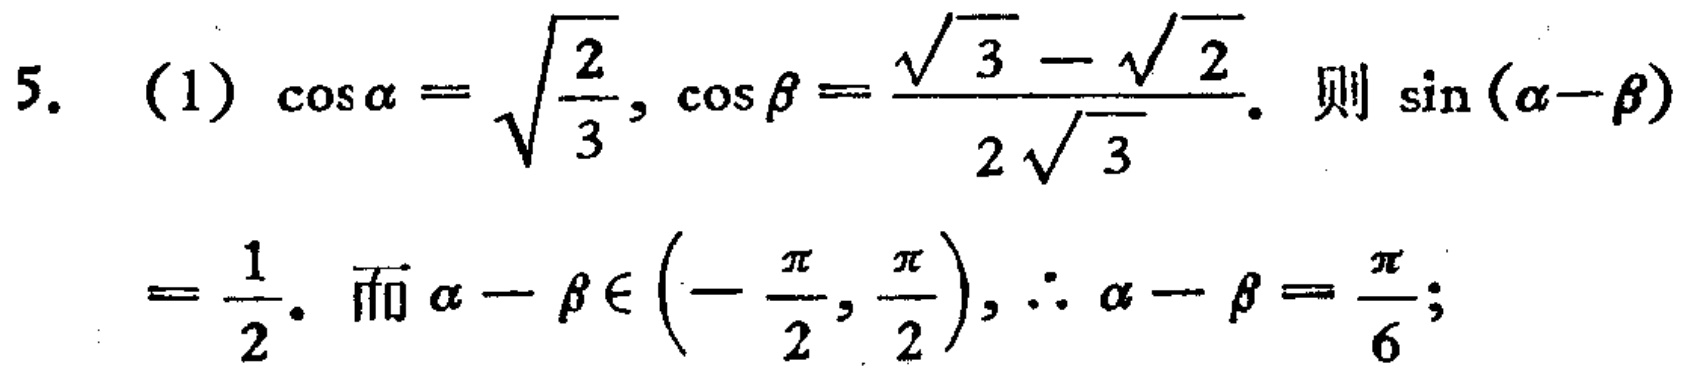
5. (1) \(\cos\alpha = \sqrt{\frac{2}{3}}, \cos\beta = \frac{\sqrt{3}-\sqrt{2}}{2\sqrt{3}}\). 则 \(\sin(\alpha - \beta)=\frac{1}{2}\). 而 \(\alpha - \beta\in\left(-\frac{\pi}{2}, \frac{\pi}{2}\right), \therefore \alpha - \beta = \frac{\pi}{6}\);